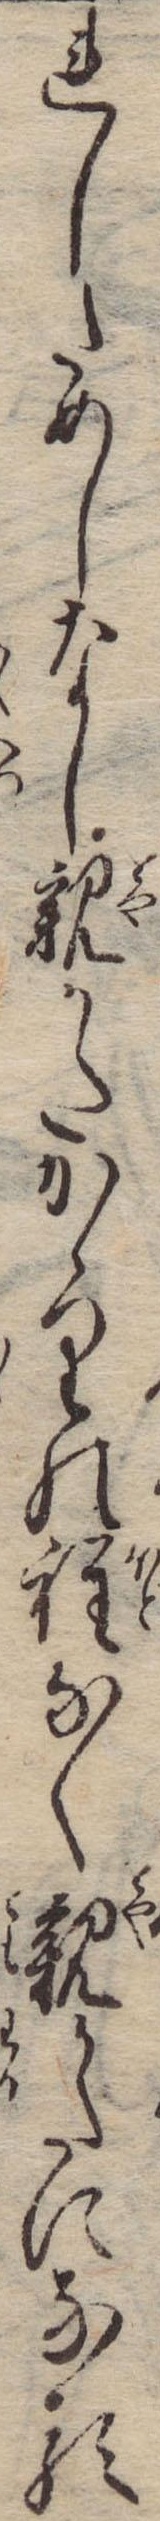
れしためしなし親かたかゝりの程なく親かたになる